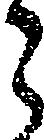
う